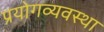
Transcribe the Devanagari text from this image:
प्रयोगव्यवस्था